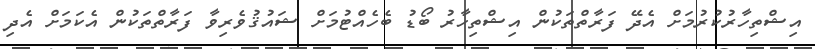
އިޝްތިހާރުކުރުމަށް އެދޭ ފަރާތްތަކުން އިޝްތިހާރު ބޯޑު ބެހެއްޓުމަށް ޝައުޤުވެރިވާ ފަރާތްތަކުން އެކަމަށް އެދި